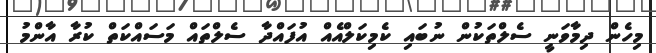
މިހެން ދިމާވަނީ ސެލްތަކުން ނުބައި ކެމިކަލްއެއް އުފައްދާ ސެލްތައް މަސައްކަތް ކުރާ އާންމު